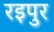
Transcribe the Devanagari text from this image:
रइपुर